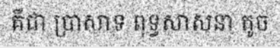
គឺជា ប្រាសាទ ពុទ្ធសាសនា តូច